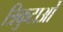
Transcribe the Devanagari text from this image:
त्रिकुटाओं